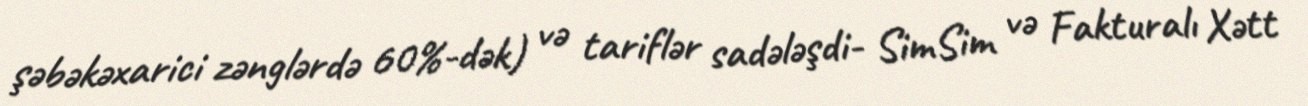
şəbəkəxarici zənglərdə 60%-dək) və tariflər sadələşdi- SimSim və Fakturalı Xətt